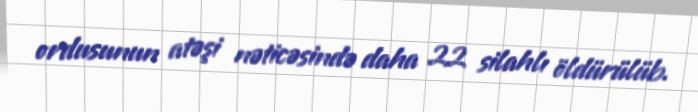
ordusunun atəşi nəticəsində daha 22 silahlı öldürülüb.